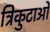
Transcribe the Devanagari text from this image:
त्रिकुटाओं